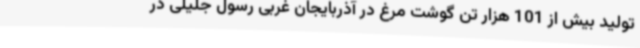
تولید بیش از 101 هزار تن گوشت مرغ در آذربایجان غربی رسول جلیلی در